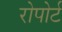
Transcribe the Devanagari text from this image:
रोपोर्ट